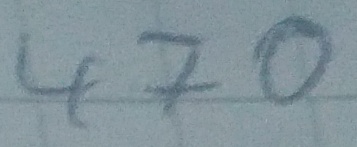
Text: 470